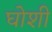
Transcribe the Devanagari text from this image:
घोशी